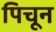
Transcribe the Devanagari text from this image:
पिचून